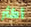
أكثر